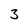
Character: 3